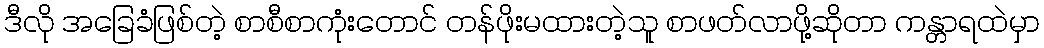
ဒီလို အခြေခံဖြစ်တဲ့ စာစီစာကုံးတောင် တန်ဖိုးမထားတဲ့သူ စာဖတ်လာဖို့ဆိုတာ ကန္တာရထဲမှာ